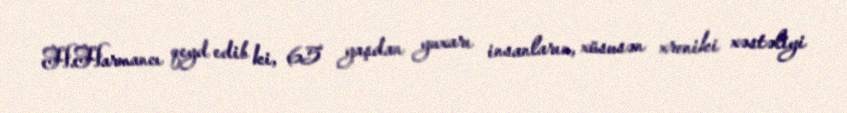
H.Harmancı qeyd edib ki, 65 yaşdan yuxarı insanların, xüsusən xroniki xəstəliyi